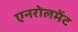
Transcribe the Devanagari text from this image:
एनरोलमेंट